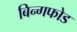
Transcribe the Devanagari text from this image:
बिन्गफोड